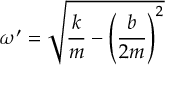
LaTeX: \omega ^ { \prime } = { \sqrt { { \frac { k } { m } } - \left( { \frac { b } { 2 m } } \right) ^ { 2 } } }